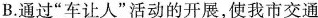
B.通过”车让人”活动的开展，使我市交通